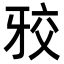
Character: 𭷑